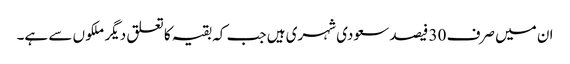
ان میں صرف 30 فیصد سعودی شہری ہیں جب کہ بقیہ کا تعلق دیگر ملکو ں سے ہے۔